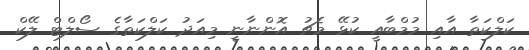
ކަލްކަތާ އާއި މުމްބާއީ ކުޅޭ މެޗު އޮންނާނީ މިއަދު ކަލްކަތާގެ ސޯލްޓް ލޭކް